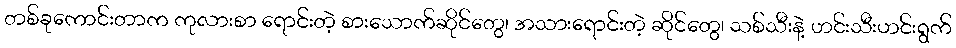
တစ်ခုကောင်းတာက ကုလားစာ ရောင်းတဲ့ စားသောက်ဆိုင်တွေ၊ အသားရောင်းတဲ့ ဆိုင်တွေ၊ သစ်သီးနဲ့ ဟင်းသီးဟင်းရွက်